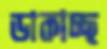
ডাকাচ্ছ